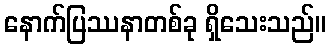
နောက်ပြဿနာတစ်ခု ရှိသေးသည်။